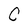
Character: C